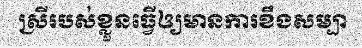
ស្រីរបស់ខ្លួនធ្វើឲ្យមានការខឹងសម្បា